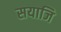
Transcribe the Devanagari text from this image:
सयाजि